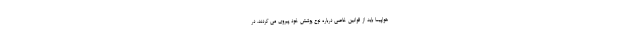
هواپیما باید از قوانین خاصی درباره نوع پوشش خود پیروی می کردند. در